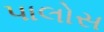
પાલોસ